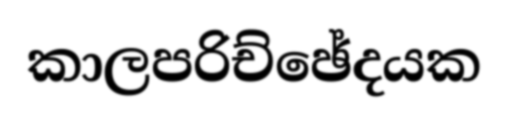
කාලපරිච්ඡේදයක